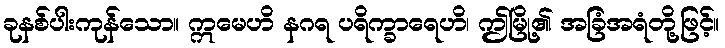
ခုနစ်ပါးကုန်သော။ ဣမေဟိ နဂရ ပရိက္ခာရေဟိ၊ ဤမြို့၏ အခြံအရံတို့ဖြင့်။